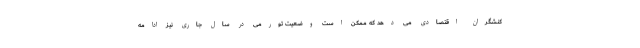
کنشگران اقتصادی می دهد که ممکن است وضعیت تورمی در سال جاری نیز ادامه